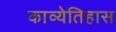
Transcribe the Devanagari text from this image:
काव्येतिहास